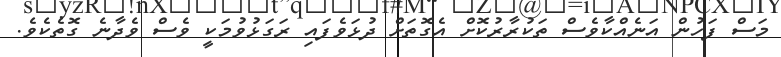
މަސް ފަހުން އަނެއްކާވެސް ތަކުރާރުކޮށް އެގޮތަށް ދުޅަވެފައި ރަގަޅުވުމަކީ ވެސް ވެދާނެ ގޮތެކެވެ.